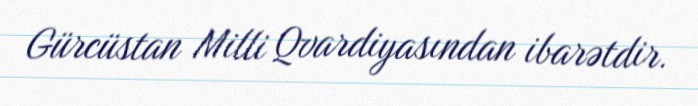
Gürcüstan Milli Qvardiyasından ibarətdir.